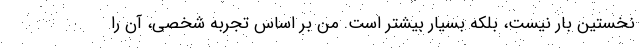
نخستین بار نیست، بلکه بسیار بیشتر است. من بر اساس تجربه شخصی، آن را